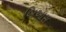
બિઆસ